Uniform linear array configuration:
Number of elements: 4
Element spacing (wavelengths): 0.25
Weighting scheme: binomial
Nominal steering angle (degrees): -30
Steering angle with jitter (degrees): -28.931
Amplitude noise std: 0.05
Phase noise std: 0.05

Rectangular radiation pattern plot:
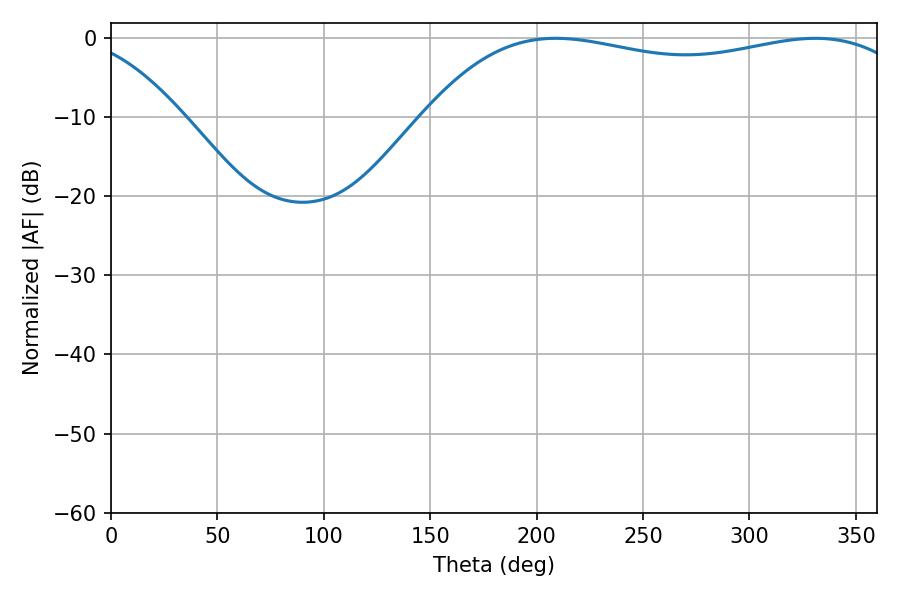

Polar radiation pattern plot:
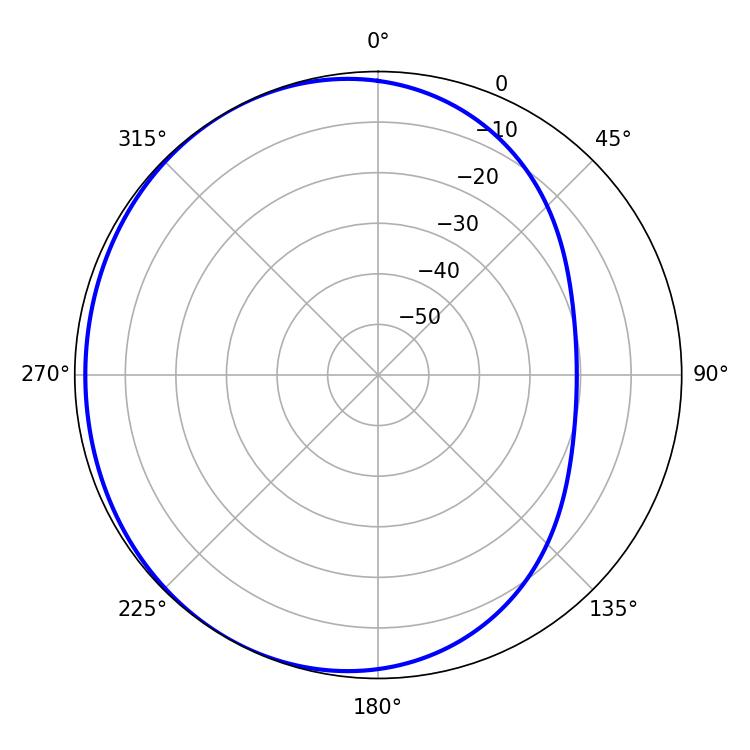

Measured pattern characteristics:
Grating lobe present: FALSE
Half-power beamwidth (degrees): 187.2
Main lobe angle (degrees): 208.98